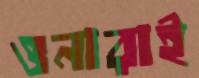
ওনারাই